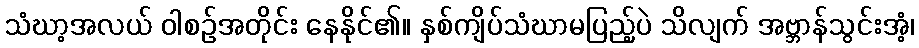
သံဃာ့အလယ် ဝါစဉ်အတိုင်း နေနိုင်၏။ နှစ်ကျိပ်သံဃာမပြည့်ပဲ သိလျက် အဗ္ဘာန်သွင်းအံ့၊